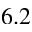
6 . 2